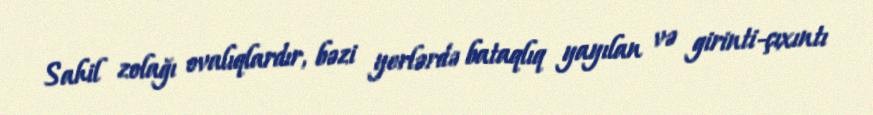
Sahil zolağı ovalıqlardır, bəzi yerlərdə bataqlıq yayılan və girinti-çıxıntı